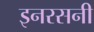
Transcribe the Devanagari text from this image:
इनरसनी